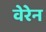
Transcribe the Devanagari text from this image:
वेरेन